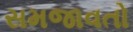
સમજાવતો